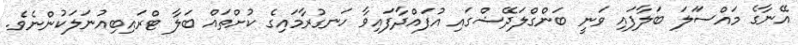
އޭނާގެ މައްސަަލަ ބަލާފައި ވަނީ ބަންގްލަދޭޝްގައި އުފައްދާފައިވާ ހަނގުރާމައިގެ ކުށްތައް ބަލާ ޓްރައިބިއުނަލަކުންނެވެ.